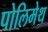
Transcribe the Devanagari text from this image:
पोलिमेथ